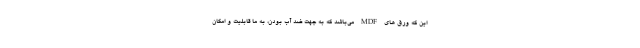
این که ورق های MDF می‌باشد که به جهت ضد آب بودن، به ما قابلیت و امکان